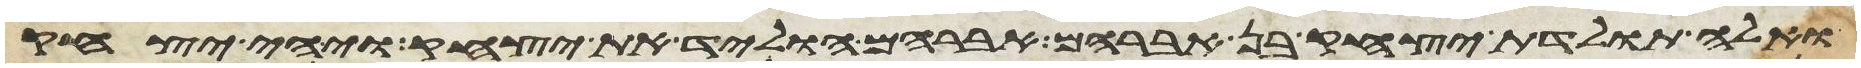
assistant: ואלה תולדת יצחק בן אברהם אברהם הוליד את יצחק ויהי יצחק